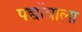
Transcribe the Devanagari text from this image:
पद्योंवाला